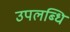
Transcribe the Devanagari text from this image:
उपलब्धि